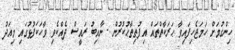
ހިންގުމަށް ހަމަޖެހިފައިވާ ޙަރަކާތްތައް އިފުތިތާޙުކުރުން - ނާއިބު ރައީސް ދެއްކެވި ވާހަކަފުޅުގައި މިއަދު